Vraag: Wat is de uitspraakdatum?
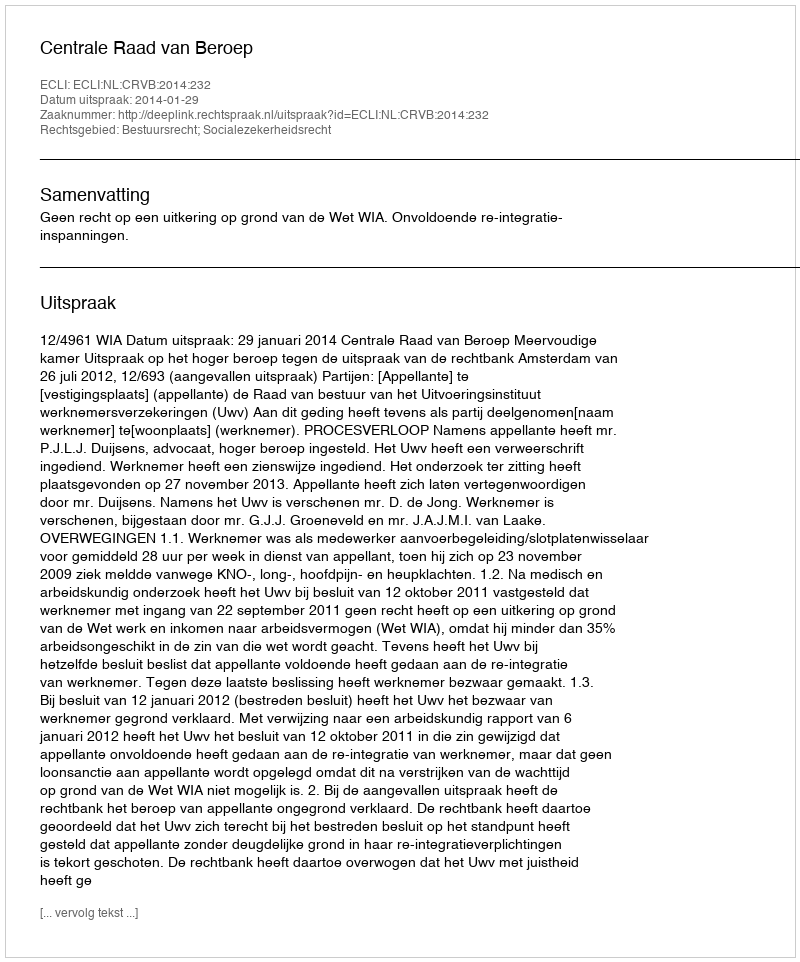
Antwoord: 2014-01-29